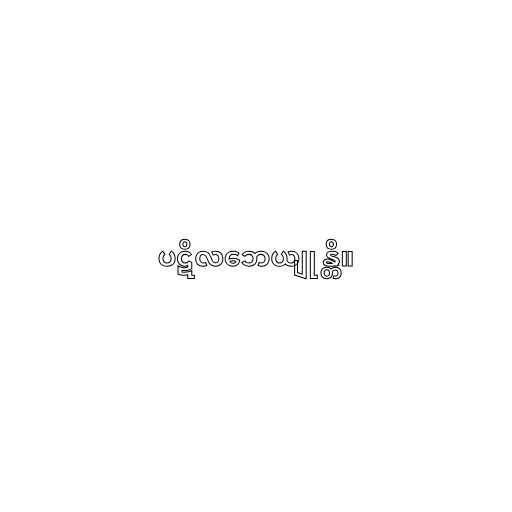
ပဋိလဘေယျုန္တိ။